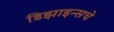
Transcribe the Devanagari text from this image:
डिझाइन्सचे